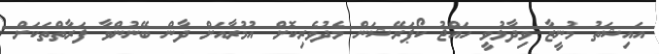
އައިޝަތު މުނީޒާ ވިދާޅުވީ ހައްޖު ކޯޕަރޭޝަން މެދުވެރިކޮށް އުމުރާއަށް ދާން ބޭނުންވާ ފަރާތްތަކަށް